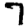
Digit: 7